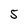
Character: 5